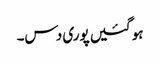
ہو گئیں پوری دس۔